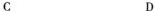
C D